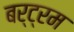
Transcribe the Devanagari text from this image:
बर्ट्रम